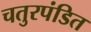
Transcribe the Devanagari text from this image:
चतुरपंडित